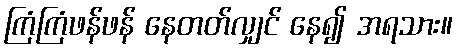
ကြံကြံဖန်ဖန် နေတတ်လျှင် နေ၍ အရသား။